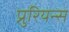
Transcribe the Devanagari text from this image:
प्रुरियन्स